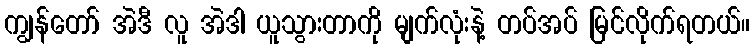
ကျွန်တော် အဲဒီ လူ အဲဒါ ယူသွားတာကို မျက်လုံးနဲ့ တပ်အပ် မြင်လိုက်ရတယ်။